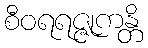
စီဝရရဇ္ဇုကန္တိ